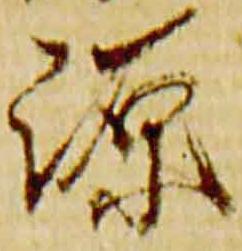
源